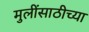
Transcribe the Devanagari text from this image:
मुलींसाठीच्या